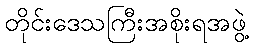
တိုင်းဒေသကြီးအစိုးရအဖွဲ့